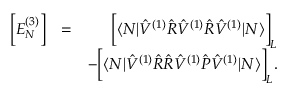
\begin{array} { r l r } { \Big [ E _ { N } ^ { ( 3 ) } \Big ] } & { = } & { \Big [ \langle N | \hat { V } ^ { ( 1 ) } \hat { R } \hat { V } ^ { ( 1 ) } \hat { R } \hat { V } ^ { ( 1 ) } | N \rangle \Big ] _ { { L } } } \\ & { } & { - \Big [ \langle N | \hat { V } ^ { ( 1 ) } \hat { R } \hat { R } \hat { V } ^ { ( 1 ) } \hat { P } \hat { V } ^ { ( 1 ) } | N \rangle \Big ] _ { { L } } . } \end{array}